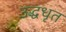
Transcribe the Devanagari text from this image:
उद्धधृत